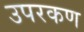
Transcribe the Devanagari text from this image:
उपरकण